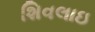
શિવલાઇ